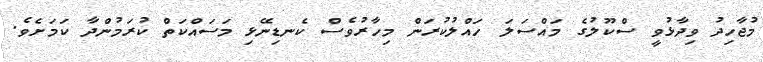
މުޖާހިދު ވިދާޅުވީ ސްކޫލުގެ މައްސަލަ ހައްލުކުރަން މިހާރުވެސް ކެނޑިނޭޅި މަސައްކަތް ކުރަމުންދާ ކަމަށެވެ.